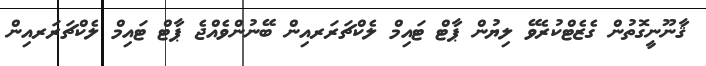
ޤާނޫނީގޮތުން ގެޒެޓްކުރެވޭ ލިޔުން ޕާޓް ޓައިމް ލެކްޗަރަރއިން ބޭނުންވެއްޖެ ޕާޓް ޓައިމް ލެކްޗަރަރއިން